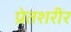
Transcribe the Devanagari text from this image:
प्रेतशरीर